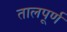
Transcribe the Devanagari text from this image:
तालपूर्ण